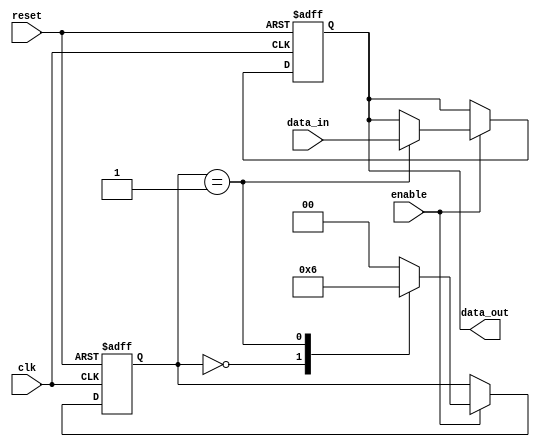
module event_triggered_behavior (
    input wire clk,          // Clock signal
    input wire reset,        // Reset signal
    input wire enable,       // Enable signal
    input wire [3:0] data_in,// Input data
    output reg [3:0] data_out // Output data
);

    // State declaration
    reg [1:0] state; // 2-bit state variable

    // State encoding
    localparam STATE_IDLE = 2'b00;
    localparam STATE_PROCESS = 2'b01;
    localparam STATE_OUTPUT = 2'b10;

    // Sequential logic block
    always @(posedge clk or posedge reset) begin
        if (reset) begin
            // Reset condition
            state <= STATE_IDLE;
            data_out <= 4'b0000; // Initialize output
        end else if (enable) begin
            // State machine behavior
            case (state)
                STATE_IDLE: begin
                    // Transition to PROCESS state on enable
                    state <= STATE_PROCESS;
                end
                
                STATE_PROCESS: begin
                    // Process input data
                    data_out <= data_in; // Example processing
                    state <= STATE_OUTPUT; // Transition to OUTPUT state
                end
                
                STATE_OUTPUT: begin
                    // Hold output for one clock cycle
                    // Transition back to IDLE state
                    state <= STATE_IDLE;
                end
                
                default: begin
                    state <= STATE_IDLE; // Default to IDLE
                end
            endcase
        end
    end

endmodule